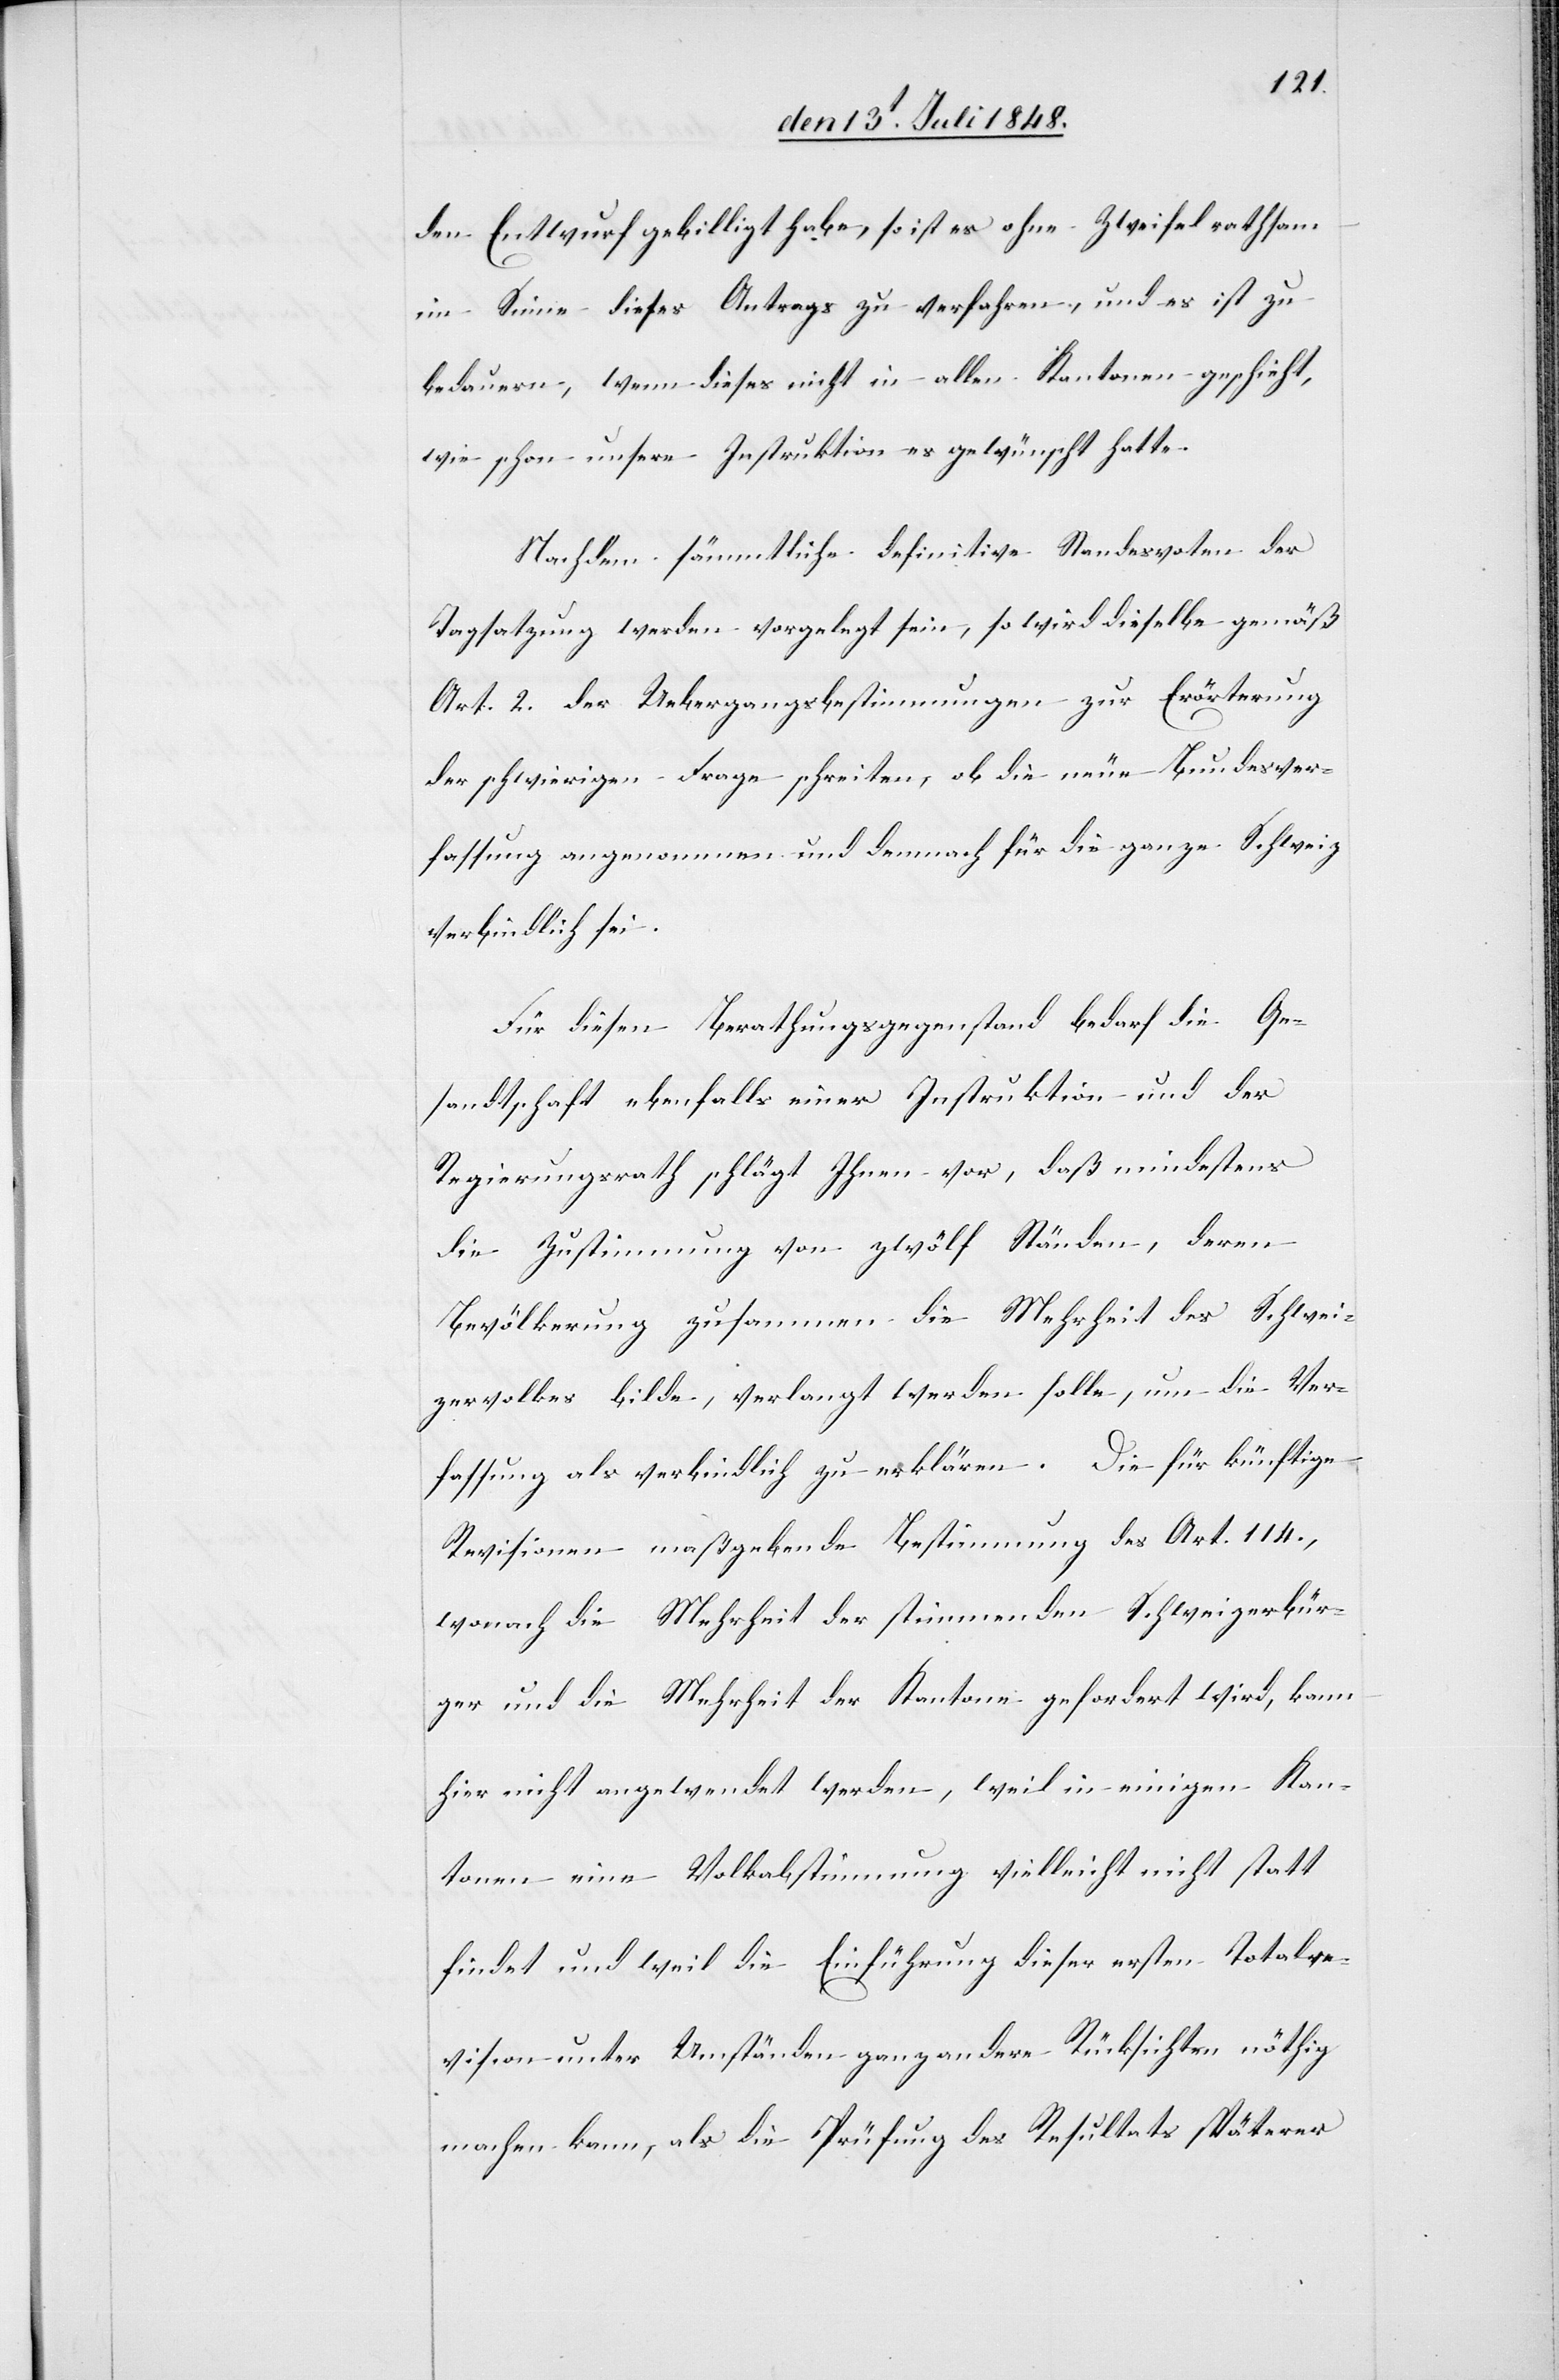
den Entwurf gebilligt habe, so ist es ohne Zweifel rathsam
im Sinne dieses Antrags zu verfahren, und es ist zu
bedauern, wenn dieses nicht in allen Kantonen geschieht,
wie schon unsere Instruktion es gewünscht hatte.
Nachdem sämmtliche definitive Standesvoten der
Tagsatzung werden vorgelegt sein, so wird dieselbe gemäß
Art. 2. der Uebergangsbestimmungen zur Erörterung
der schwierigen Frage schreiten, ob die neue Bundesver¬
fassung angenommen und demnach für die ganze Schweiz
verbindlich sei.
Für diesen Berathungsgegenstand bedarf die Ge¬
sandtschaft ebenfalls einer Instruktion und der
Regierungsrath schlägt Ihnen vor, daß mindestens
die Zustimmung von zwölf Ständen, deren
Bevölkerung zusammen die Mehrheit des Schwei¬
zervolkes bilde, verlangt werden solle, um die Ver¬
fassung als verbindlich zu erklären. Die für künftige
Revisionen maßgebende Bestimmung des Art. 114.,
wonach die Mehrheit der stimmenden Schweizerbür¬
ger und die Mehrheit der Kantone gefordert wird, kann
hier nicht angewendet werden, weil in einigen Kan¬
tonen eine Volkabstimmung [sic!] vielleicht nicht statt
findet und weil die Einführung dieser ersten Totalre¬
vision unter Umständen ganz anderer Rücksichten nöthig
machen kann, als die Prüfung des Resultats späterer